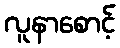
လူနာစောင့်